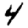
Digit: 4